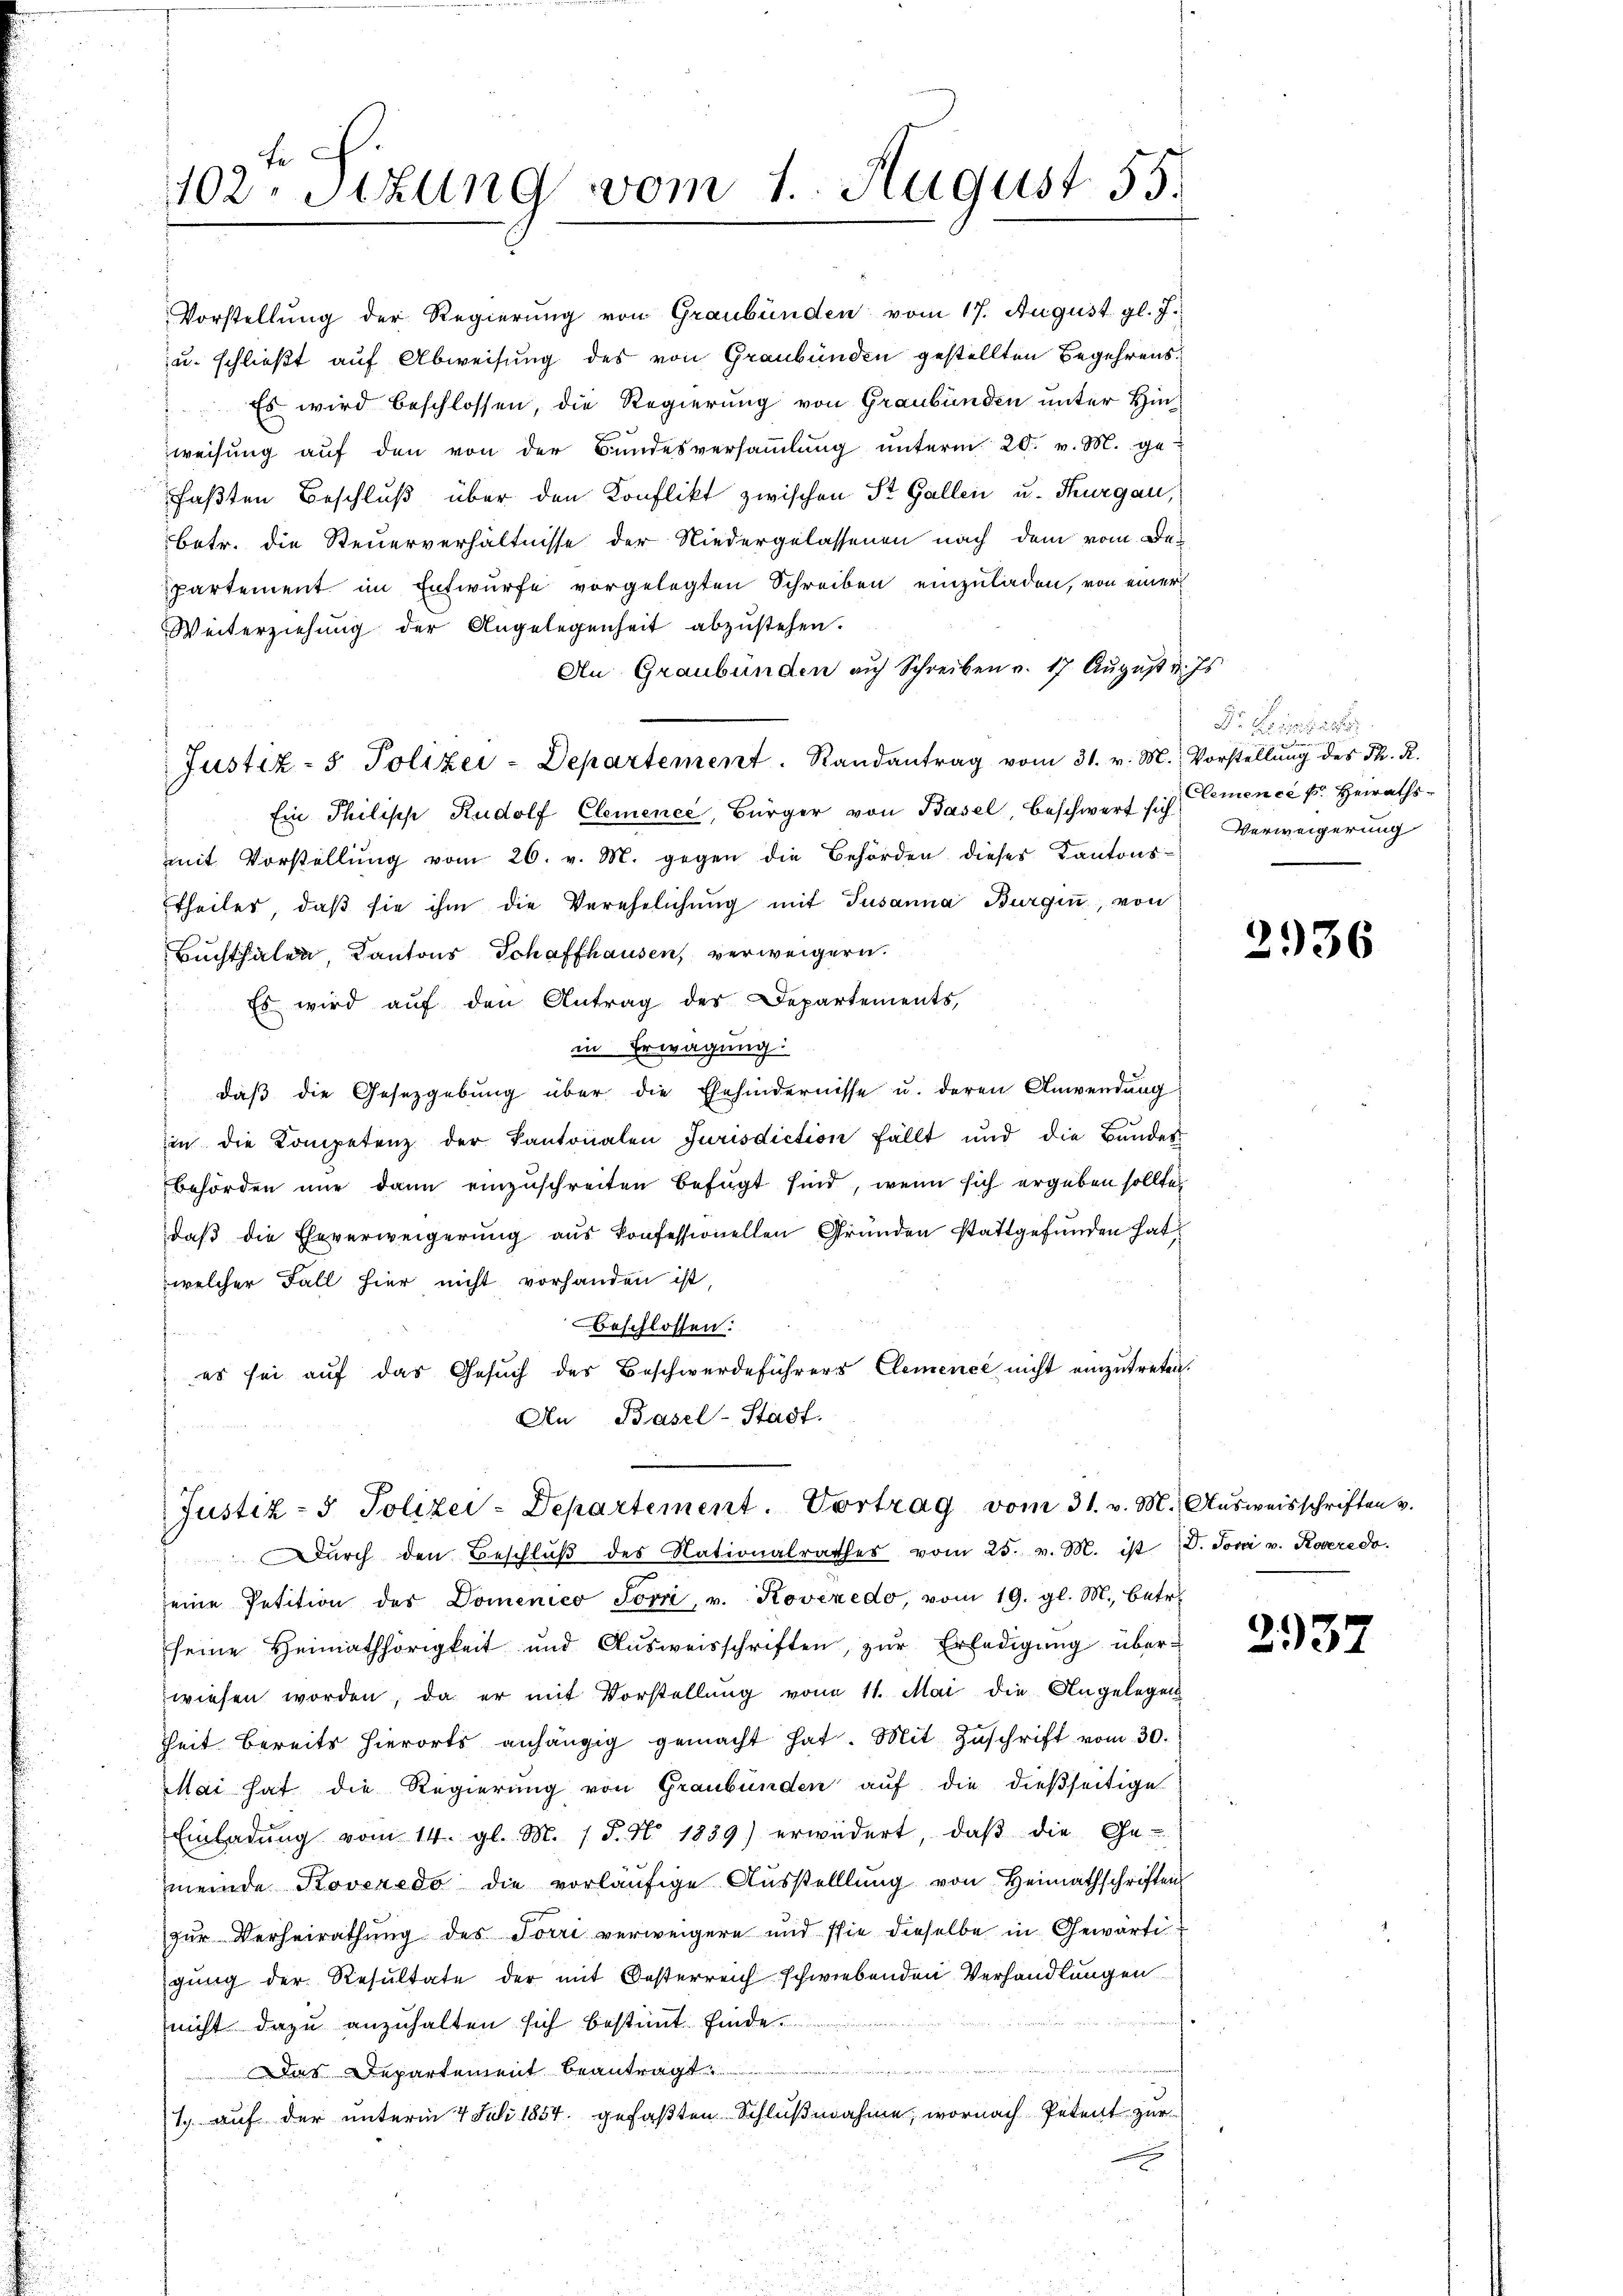
102. Stzung vom 1. August 55.

spartement im Entwurfe vorgelegten Schreiben einzuladen, von einer
Weiterziehung der Angelegenheit abzustehen.
An Graubünden auf Schreiben v. 17 August v. Js.
Justiz- & Polizei-Departement. Randantrag vom 31. v. M. Vorstellung des Th. R.
Ein Philisch Rudolf Clemence, Bürger von Basel, beschwert sich Cemence u. Heirathsmit Vorstellung vom 26. v. M. gegen die Behörden dieses Kantonstheiles, daß sie ihm die Verehelichung mit Susanna Burgen, von
Buchthalen, Kantons Schaffhausen, verweigern.
Es wird auf den Antrag des Departements,
in Erwägung:
" daβ die Gesetzgebŭng über die Ehehindernisse u. deren Anwendung
in die Kompetenz der Kantonalen Jurisdiction fällt und die Bŭndes
behörden nur dann einzuschreiten befügt sind, wenn sich ergeben sollte,
daß die Eheverweigerung aus konfessionellen Gründen stattgefunden hat
welcher Fall hier nicht vorhanden ist,
beschlossen:
es sei auf das Gesuch des Beschwerdeführers Clemence nicht einzutreten.
An Basel-Stadt.

Justiz- & Polizei-Departement. Vortrag vom 31. v. M. Ausweisschriften v.

Vorstellung der Regierung von Graubünden vom 17. August gl. J.
u. schließt auf Abweisung des von Graubünden gestellten Begehrens¬
 Es wird beschlossen, die Regierung von Graubünden unter Hinweisŭng aŭf den von der Bŭndesversaṁlŭng ŭnterm 20. v. M. ge-
faßten Beschluß über den Konflikt zwischen St. Gallen u. Thurgau,
betr. die Steuerverhältnisse der Niedergelassenen nach dem vom De¬

Dŭrch den Beschlŭβ des Nationalrathes vom 25. v. M. ist V. Joni v. Roveredo
eine Petition des Domenico Jovri, v. Kovizedo, vom 19. gl. M. betr.
seine Heimathörigkeit und Aŭsweisschriften, zŭr Erledigŭng überwiesen worden, da er mit Vorstellŭng von 11. Mai die Angelegen
heit bereits hierorts anhängig gemacht hat. Mit Zŭschrift vom 30.
Mai hat die Regierung von Graubünden auf die dießseitige
Einladŭng vom 14. gl. M. / P. Nr. 1839) erwidert, daβ die Ge-
meinde Roveredo die vorläŭfige Aŭsstelllung von Heimathschriften
zur Verheirathung des Torri verweigern und sie dieselbe in Gewärti
gung der Resultate der mit Oesterreich schwiebenden Verhandlungen
nicht dazu anzuhalten sich bestimt finde.
.
Das Departement beantragt
1.) auf der unterm 4 Juli 1854. gefaßten Schlußnahme, wornach Petent zur

Dr. Keiserste
u
Verweigerung

2936

2932